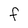
Character: f